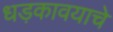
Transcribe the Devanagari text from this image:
धड़कावयाचे